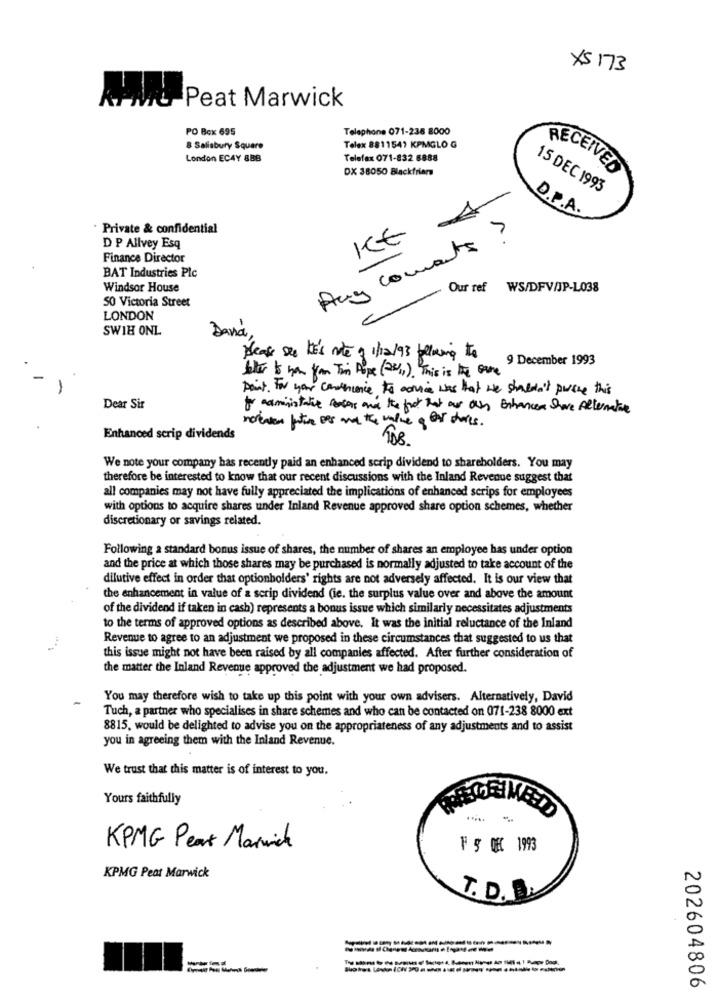
XS 173
Peat Marwick
PO Box 695
Telephone 071-236 8000
8 Salisbury Square
Telex 8811541 KPMGLO G
London ECAY 8BB
Telefax 071-832 8888
DX 38050 Blackfriar
RECEIVED
15 DEC 1993
D.P.A.
· Private & confidential
Any coments ?
KE
D P Allvey Esq
Finance Director
BAT Industries Plc
Windsor House
Our ref WS/DFV/JP-L038
SO Victoria Street
LONDON
SWIH ONL
Dana
please see HE'S note f 1/12/93 following the
9 December 1993
beter to you from Tim Hope (2/1). This is the Game
Paint. For your continuance to cornice was that we shouldn't pursue this
Dear Sir
for administrative reasons and the foot that our des Enhances Share Alternative
norwes future Des and the value of Bar shorts.
Enhanced scrip dividends
We note your company has recently paid an enhanced scrip dividend to shareholders. You may
therefore be interested to know that our recent discussions with the Inland Revenue suggest that
all companies may not have fully appreciated the implications of enhanced scrips for employees
with options to acquire shares under Inland Revenue approved share option schemes, whether
discretionary or savings related.
Following a standard bonus issue of shares, the number of shares an employee has under option
and the price at which those shares may be purchased is normally adjusted to take account of the
dilutive effect in order that optionholders' rights are not adversely affected. It is our view that
the enhancement in value of a scrip dividend (ie. the surplus value over and above the amount
of the dividend if taken in cash) represents a bonus issue which similarly necessitates adjustments
to the terms of approved options as described above. It was the initial reluctance of the Inland
Revenue to agree to an adjustment we proposed in these circumstances that suggested to us that
this issue might not have been raised by all companies affected. After further consideration of
the matter the Inland Revenue approved the adjustment we had proposed.
You may therefore wish to take up this point with your own advisers. Alternatively, David
Tuch, a partner who specialises in share schemes and who can be contacted on 071-238 8000 ext
8815, would be delighted to advise you on the appropriateness of any adjustments and to assist
you in agreeing them with the Inland Revenue.
We trust that this matter is of interest to you.
Yours faithfully
KPMG Peat Marich
F 5 QEC 1993
KPMG Peat Marwick
202604806